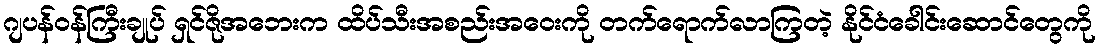
ဂျပန်ဝန်ကြီးချုပ် ရှင်ဇိုအဘေးက ထိပ်သီးအစည်းအဝေးကို တက်ရောက်လာကြတဲ့ နိုင်ငံခေါင်းဆောင်တွေကို